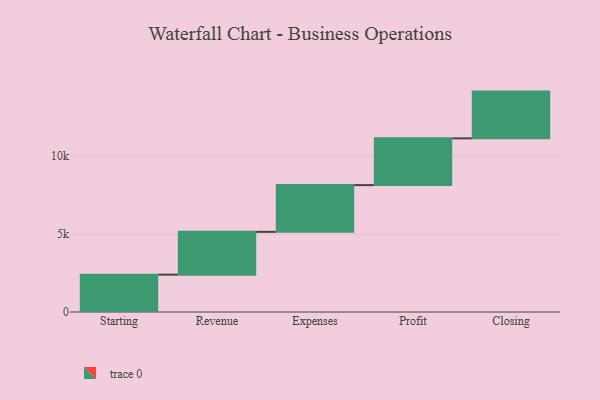
{"axis": {"x": "Step", "y": "Value"}, "legend": [""], "data": [{"x": "Starting", "y": 2398.0, "type": ""}, {"x": "Revenue", "y": 2744.0, "type": ""}, {"x": "Expenses", "y": 3000, "type": ""}, {"x": "Profit", "y": 3000, "type": ""}, {"x": "Closing", "y": 3000, "type": ""}]}